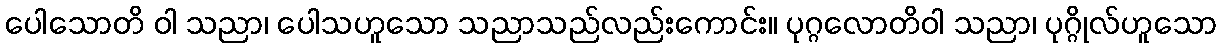
ပေါသောတိ ဝါ သညာ၊ ပေါသဟူသော သညာသည်လည်းကောင်း။ ပုဂ္ဂလောတိဝါ သညာ၊ ပုဂ္ဂိုလ်ဟူသော